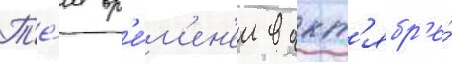
Т'е́м вр'е́м'ен'ем в окт'ябр'е́